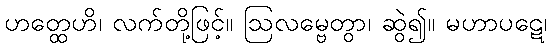
ဟတ္ထေဟိ၊ လက်တို့ဖြင့်။ ဩလမ္ဗေတွာ၊ ဆွဲ၍။ မဟာပဋေ၊